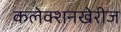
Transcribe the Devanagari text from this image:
कलेक्शनखेरीज